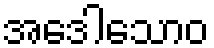
အဒေါသောဝ